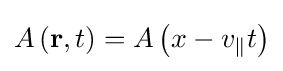
A\left(\mathbf {r} ,t\right)=A\left(x-v_{\parallel }t\right)\,\!